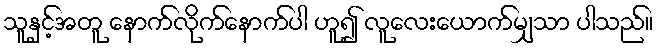
သူနှင့်အတူ နောက်လိုက်နောက်ပါ ဟူ၍ လူလေးယောက်မျှသာ ပါသည်။